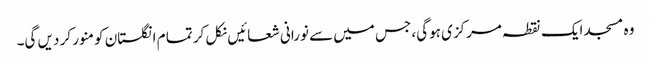
وہ مسجد ایک نقطہ مرکزی ہوگی، جس میں سے نورانی شعائیں نکل کر تما م انگلستان کو منور کر دیں گی۔